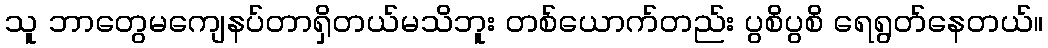
သူ ဘာတွေမကျေနပ်တာရှိတယ်မသိဘူး တစ်ယောက်တည်း ပွစိပွစိ ရေရွတ်နေတယ်။